Vaccination North-Western Provinces and Oudh 1896-1901 - 1896-1901
Year: 1896
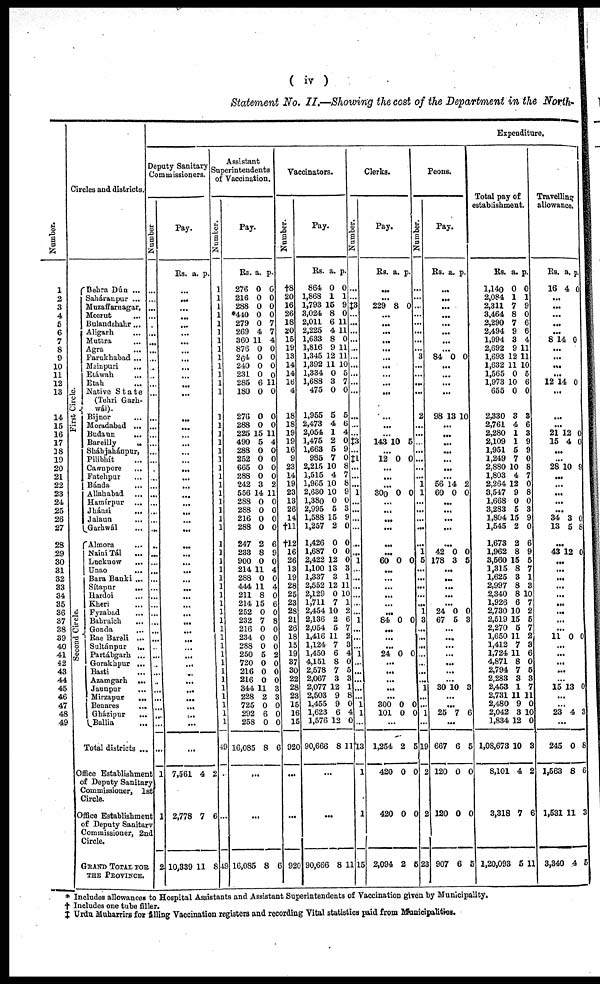
( iv )
Statement No. II.—Showing the cost of the Department in the North.
Number.
1
2
3
4
5
6
7
8
9
10
11
12
13
14
15
16
17
18
19
20
21
22
23
24
25
26
27
28
29
30
31
32
33
34
35
36
37
38
39
40
41
42
43
44
45
46
47
48
49
Circles and districts.
First Circle.
Second Circle.
Dehra Dún ...
Saháranpur ...
Muzaffarnagar,
Meerut ...
Bulandshahr ...
Aligarh ...
Muttra ...
Agra
...
Farukhabad ...
Mainpuri
...
Etáwah ...
Etah ...
Native State
(Tehri Garh¬
wál).
Bijnor
...
Moradabad ...
Budaun
...
Bareilly
...
Sháhjahánpur,
Pilibhít ...
Cawnpore ...
Fatehpur ...
Bánda ...
Allahabad ...
Hamírpur ...
Jhánsi
...
Jalaun ...
Garhwál ...
Almora ...
Naini Tál ...
Lucknow ...
Unao ...
Bara Banki ...
Sítapur
...
Hardoi ...
Kheri ...
Fyzabad ...
Bahraich
...
Gonda ...
Rae Bareli ...
Sultánpur
...
Partábgarh ...
Gorakhpur ...
Basti
...
Azamgarh ...
Jaunpur
...
Mirzapur
...
Benares
...
Gházipur
...
Ballia ...
Total districts ...
Office Establishing
of Deputy Sanitary
Commissioner, 1st
Circle.
Office Establishment
of Deputy Sanitary
Commissioner, 2nd
Circle.
GRAND TOTAL FOR
THE PROVINCE.
Expenditure.
Deputy Sanitary
Commissioners.
Number.
...
...
...
...
...
...
...
...
...
...
...
...
...
...
...
...
...
...
...
...
...
...
...
...
...
...
...
...
...
...
...
...
...
...
...
...
...
...
...
...
...
...
...
...
...
...
...
...
...
...
1
1
2
Pay.
Rs. a. p.
...
...
...
...
...
...
...
...
...
...
...
...
...
...
...
...
...
...
...
...
...
...
...
...
...
...
...
...
...
...
...
...
...
...
...
...
...
...
...
...
...
...
...
...
...
...
...
...
...
...
7,561
2,778
10,339
4
7
11
2
6
8
Assistant
Superintendents
of Vaccination.
Number.
1
1
1
1
1
1
1
1
1
1
1
1
1
1
1
1
1
1
1
1
1
1
1
1
1
1
1
1
1
1
1
1
1
1
1
1
1
1
1
1
1
1
1
1
1
1
1
1
1
49
...
...
49
Pay.
Rs.
276
216
288
*440
279
269
360
876
264
240
231
285
180
276
288
225
490
288
252
665
288
242
556
288
288
216
288
247
233
900
214
288
444
211
214
252
232
216
234
288
250
720
216
216
344
228
725
292
258
16,085
a.
0
0
0
0
0
4
11
0
0
0
0
6
0
0
0
15
5
0
0
0
0
3
14
0
0
0
0
2
8
0
11
0
11
8
15
0
7
0
0
0 5
0 0
0
11
2
0
6
0
8
p.
0
0
0
0
7
7
4
0
0
0
0
11
0
0
0
11
4
0
0
0
0
2
11
0
0
0
0
6
9
0
4
0
4
0
6
0
8
0
0
0
2
0
0
0
3
3
0
0
0
6
...
...
16,085
8
6
Vaccinators.
Number.
†8
20
16
26
18
20
15
19
13
14
14
16
4
18
18
19
19
16
9
23
14
19
23
13
26
14
†11
†12
16
26
13
19
28
25
23
28
21
26
18
15
19
37
30
22
28
23
15
16
15
920
...
...
920
Pay.
Rs.
864
1,868
1,793
3,024
2,011
2,225
1,633
1,816
1,345
1,392
1,334
1,688
475
1,955
2,473
2,054
1,475
1,663
985
2,215
1,515
1,965
2,630
1,380
2,995
1,588
1,257
1,426
1,687
2,422
1,100
1,337
2,552
2,129
1,711
2,454
2,136
2,054
1,416
1,124
1,450
4,151
2,578
2,067
2,077
2,503
1,455
1,623
1,576
90,666
a.
0
1
15
8
6
4
8
9
12
11
0
3
0
5
4
1
2
5
7
10
4
10
10
0
5
15
2
0
0
12
13
3
12
0
7
10
2
5
11
7
6
8
7
3
12
9
9
6
12
8
p.
0
1
9
0
11
11
0
11
11
10
5
7
0
5
6
4
0
9
0
8
7
8
9
0
3
9
0
0
0
0 3
1
11
10
1
2
6
7 2
3
4
0
5
3
1
8
0
4
0
11
...
...
90,666
8
11
Clerks.
Number.
.....
...
‡3
...
...
...
...
...
...
...
...
...
...
...
...
...
‡3
...
‡1
...
...
...
1
...
...
...
...
...
1
...
...
...
...
...
1
...
...
...
1
...
...
...
...
...
1
1
...
13
1
1
15
Pay.
Rs. a. p.
...
...
229 8 0
...
...
...
...
...
...
...
...
...
...
...
...
...
143 10 5
...
12 0 0
...
...
...
300 0 0
...
...
...
...
...
...
60 0 0
...
...
...
...
...
...
84 0 0
...
...
...
24 0 0
...
...
...
... ...
300
101
0
0
0
0
...
1,254
420
420
2,094
2
0
0
2
5
0
0
5
Peons.
Number.
...
...
...
...
...
...
...
...
3
...
...
...
...
2
...
...
...
...
...
...
...
1
1
...
...
...
...
...
1
5
...
...
...
...
...
1
3
...
...
...
...
...
...
...
1
...
...
1
...
19
2
2
23
Pay.
Rs. a. p.
...
...
...
...
...
...
...
...
84 0 0
...
...
...
...
98 13 10
...
...
...
...
...
...
...
56
60
14
0
2
0
...
...
...
...
...
42
178
0
3
0
5
...
...
...
...
...
24
67
0
5
0
3
...
...
...
...
...
...
30 10 3
...
...
25 7 6
...
667
120
120
907
6
0
0
6
5
0
0
5
Total pay of
establishment.
Rs.
1,140
2,084
2,311
3,464
2,290
2,494
1,994
2,692
1,693
1,632
1,565
1,973
655
2,330
2,761
2,280
2,109
1,951
1,249
2,880
1,803
2,264
3,547
1,668
3,283
1,804
1,545
1,673
1,962
3,560
1,315
1,625
2,997
2,340
1,926
2,730
2,519
2,270
1,650
1,412
1,724
4,871
2,794
2,283
2,453
2,731
2,480
2,042
1,834
1,08,673
8,101
3,318
1,20,093
a.
0
1
7
8
7
9
3
9
12
11
0
10
0
3
4
1
1
5
7
10
4
12
9
0
5
15
2
2
8
15
8
3
8
8
6
10
15
5
11
7
11
8
7
3
1
11
9
3
12
10
4
7
5
p.
0
1
9
0
6
6
4
11
11
10
5
6
0
3
6
3
9
9
0
8
7
0
8
0
3
9
0
6
9
5
7
1
3
10
7
2
5
7
2
3
6
0
5
3
7
11
0
10
0
3
2
6
11
Travelling
allowance.
Rs.
16
a.
4
p.
0
...
...
...
...
...
8 14 0
...
...
...
...
12 14 0
...
...
...
21
15
12
4
0
0
...
...
28 10 9
...
...
...
...
...
34
13
3
5
0
8
...
43 12 0
...
...
...
...
...
...
...
...
...
11 0 0
...
...
...
...
...
15 13 0
...
...
23 4 3
...
245
1,563
1,531
3,340
0
8
11
4
8
6
3
5
* Includes allowances to Hospital Assistants and Assistant Superintendents of Vaccination given by Municipality.
† Includes one tube filler.
‡ Urdu Muharrirs for filling Vaccination registers and recording Vital statistics paid from Municipalities.